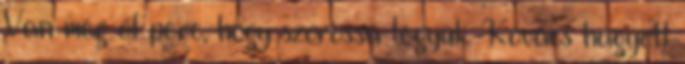
Van még öt perc, hogy szorossá tegyük. Kovács hagyott